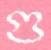
গু